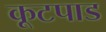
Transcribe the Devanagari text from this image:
कूटपाड